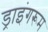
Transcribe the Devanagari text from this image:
ड्राइंगरूम